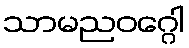
သာမညဝဂ္ဂေါ